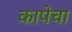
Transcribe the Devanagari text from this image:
कापेचा